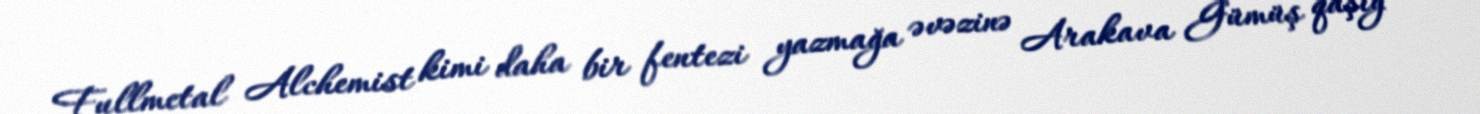
Fullmetal Alchemist kimi daha bir fentezi yazmağa əvəzinə Arakava Gümüş qaşığ